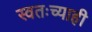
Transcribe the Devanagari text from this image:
स्वतःच्याही